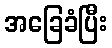
အခြေခံပြီး